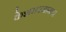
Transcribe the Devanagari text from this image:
केशसज्जाकार